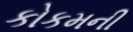
કોકમની